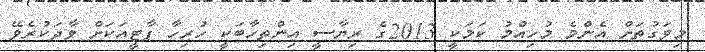
މިވަގުތަށް އެންމެ މުހިއްމު ކަމަކީ 2013ގެ ރިޔާސީ އިންތިހާބަކީ ހުރިހާ ޕާޓީއަކަށް ވާދަކުރެވޭ